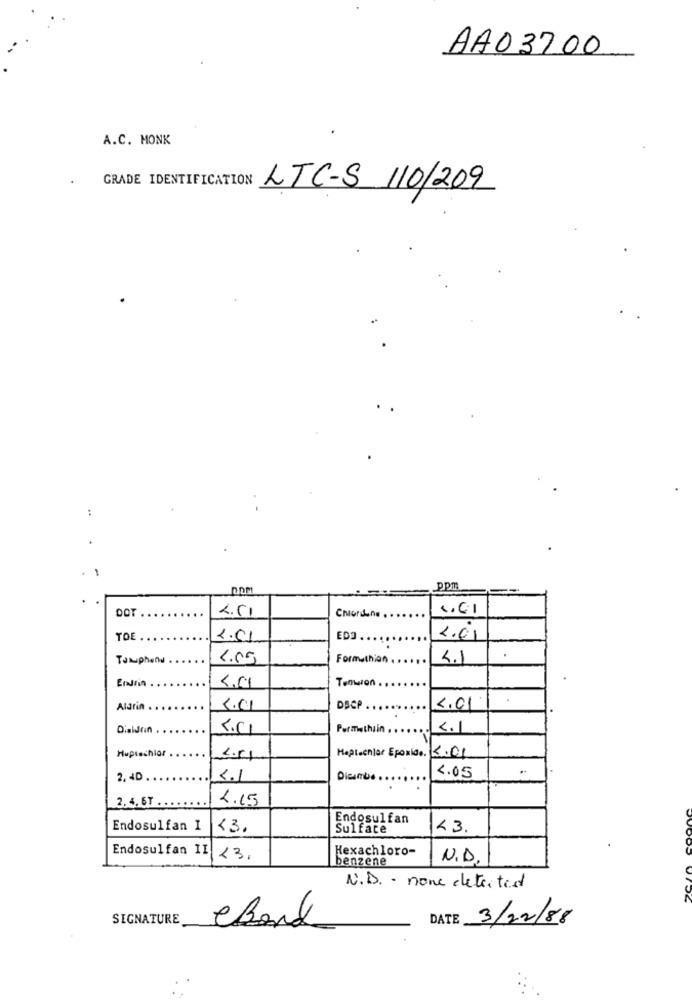
AA03700
A.C. MONK
GRADE IDENTIFICATION LTC-S 110/209
:
ppm
DOT
L.CI
Chronione.
TOE .
2.01
EDO ..
2.01
Taxuphend
Formuthion
4.1
EnsiA
5.01
Tenwon.
Aldrin
5.01
DSCP
4.01
Dieldrin
5.41
Permethrin .
4.1
Huptechlar
Maplechier Epoxide. 5.01
2, 40 .
5.1
Dicambio.
4.05
.
2. 4. 6T .
4.15
Endosulfan
Endosulfan I
<3.
Sulface
<3.
Hexachloro-
Endosulfan II 13.
benzene
N.D.
N.D. - none detected
SIGNATURE
eBank
DATE
3/22/88